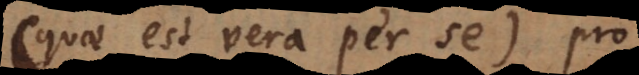
(quae est vera per se) pro